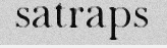
satraps